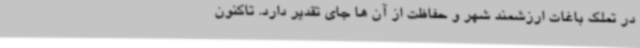
در تملک باغات ارزشمند شهر و حفاظت از آن ها جای تقدیر دارد. تاکنون